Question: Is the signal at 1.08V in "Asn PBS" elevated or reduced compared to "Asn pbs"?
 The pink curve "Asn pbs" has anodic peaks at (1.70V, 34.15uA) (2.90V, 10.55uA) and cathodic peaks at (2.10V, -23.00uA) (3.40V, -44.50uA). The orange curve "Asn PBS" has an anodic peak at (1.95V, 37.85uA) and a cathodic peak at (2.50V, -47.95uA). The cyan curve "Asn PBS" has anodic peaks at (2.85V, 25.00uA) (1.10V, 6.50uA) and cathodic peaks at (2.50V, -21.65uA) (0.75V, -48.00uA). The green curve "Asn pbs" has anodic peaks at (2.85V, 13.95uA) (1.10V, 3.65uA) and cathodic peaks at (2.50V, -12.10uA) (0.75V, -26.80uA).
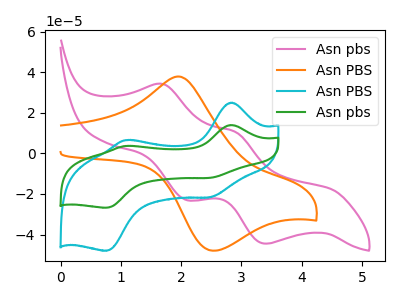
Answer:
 <answer>The peak at 1.08V is higher in "Asn PBS" than in "Asn pbs".</answer>
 <eval>higher</eval>